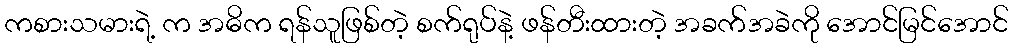
ကစားသမားရဲ့ က အဓိက ရန်သူဖြစ်တဲ့ စက်ရုပ်နဲ့ ဖန်တီးထားတဲ့ အခက်အခဲကို အောင်မြင်အောင်